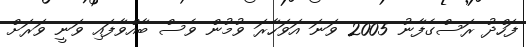
ފަހްދު ރަސްގެފާނު 2005 ވަނަ އަވަހާރަ ވުމުން ވެސް ބާއްވާފައި ވަނީ ވަރަށް